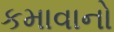
કમાવાનો